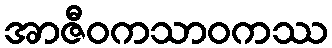
အာဇီဝကသာဝကဿ